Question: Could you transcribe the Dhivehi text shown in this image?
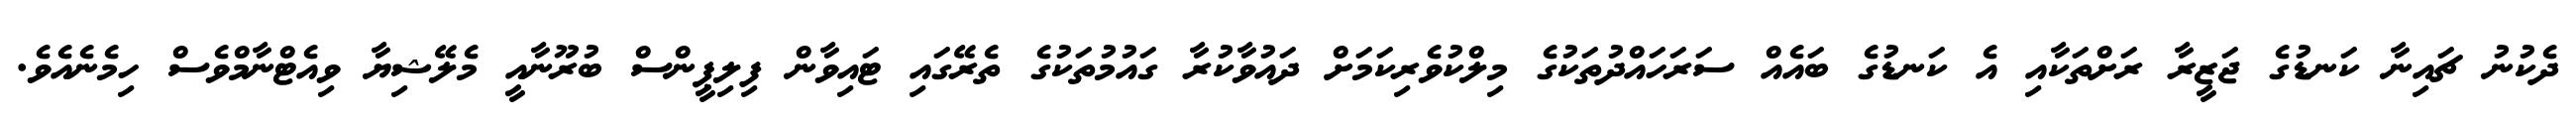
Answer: ދެކުނު ޗައިނާ ކަނޑުގެ ޖަޒީރާ ރަށްތަކާއި އެ ކަނޑުގެ ބައެއް ސަރަހައްދުތަކުގެ މިލްކުވެރިކަމަށް ދައުވާކުރާ ގައުމުތަކުގެ ތެރޭގައި ޓައިވާން ފިލިޕީންސް ބުރޫނާއީ މެލޭޝިޔާ ވިއެޓްނާމްވެސް ހިމެނެއެވެ.